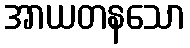
အာယတနသော